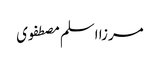
مرزا اسلم مصطفوی